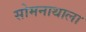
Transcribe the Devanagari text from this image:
सोमनाथाला